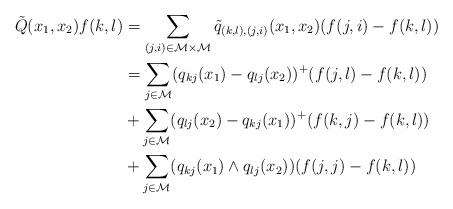
LaTeX: \begin{align*}\tilde Q(x_1,x_2)f(k,l)&=\sum_{(j,i)\in \mathcal M \times \mathcal M}\tilde q_{(k,l),(j,i)}(x_1,x_2)(f(j,i)-f(k,l))\\&=\sum_{j\in \mathcal M}(q_{kj}(x_1)- q_{lj}(x_2))^+(f(j,l)-f(k,l))\\& +\sum_{j\in \mathcal M }(q_{lj}(x_2)-q_{kj}(x_1))^+(f(k,j)-f(k,l))\\& +\sum_{j\in \mathcal M}(q_{kj}(x_1)\wedge q_{lj}(x_2))(f(j,j)-f(k,l))\end{align*}